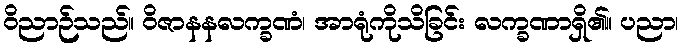
ဝိညာဉ်သည်။ ဝိဇာနနလက္ခဏံ၊ အာရုံကိုသိခြင်း လက္ခဏာရှိ၏။ ပညာ၊